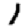
Digit: 1